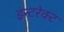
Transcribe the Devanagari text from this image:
इन्टरेक्ट